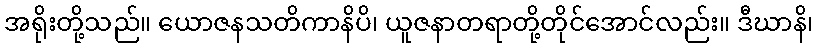
အရိုးတို့သည်။ ယောဇနသတိကာနိပိ၊ ယူဇနာတရာတို့တိုင်အောင်လည်း။ ဒီဃာနိ၊